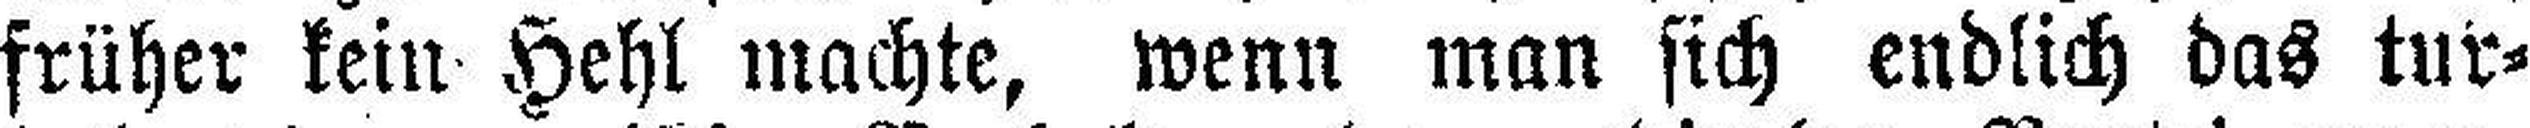
früher kein Hehl machte, wenn man sich endlich das tur¬